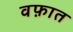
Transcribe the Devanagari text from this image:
वफ़ात